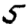
Digit: 5